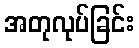
အတုလုပ်ခြင်း